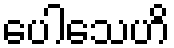
ပေါသေဟိ